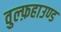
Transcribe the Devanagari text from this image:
वुल्फ़हाउण्ड